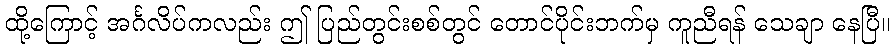
ထို့ကြောင့် အင်္ဂလိပ်ကလည်း ဤ ပြည်တွင်းစစ်တွင် တောင်ပိုင်းဘက်မှ ကူညီရန် သေချာ နေပြီ။